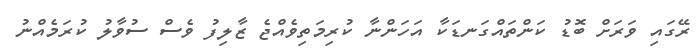
ރޭގައި ވަރަށް ބޮޑު ކަންތައްގަނޑަކާ އަހަންނާ ކުރިމަތިވެއްޖެ ޒާލިފު ވެސް ސުވާލު ކުރަމެއްނު